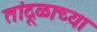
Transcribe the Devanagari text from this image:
तांदूळाच्या